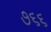
૭૬૬